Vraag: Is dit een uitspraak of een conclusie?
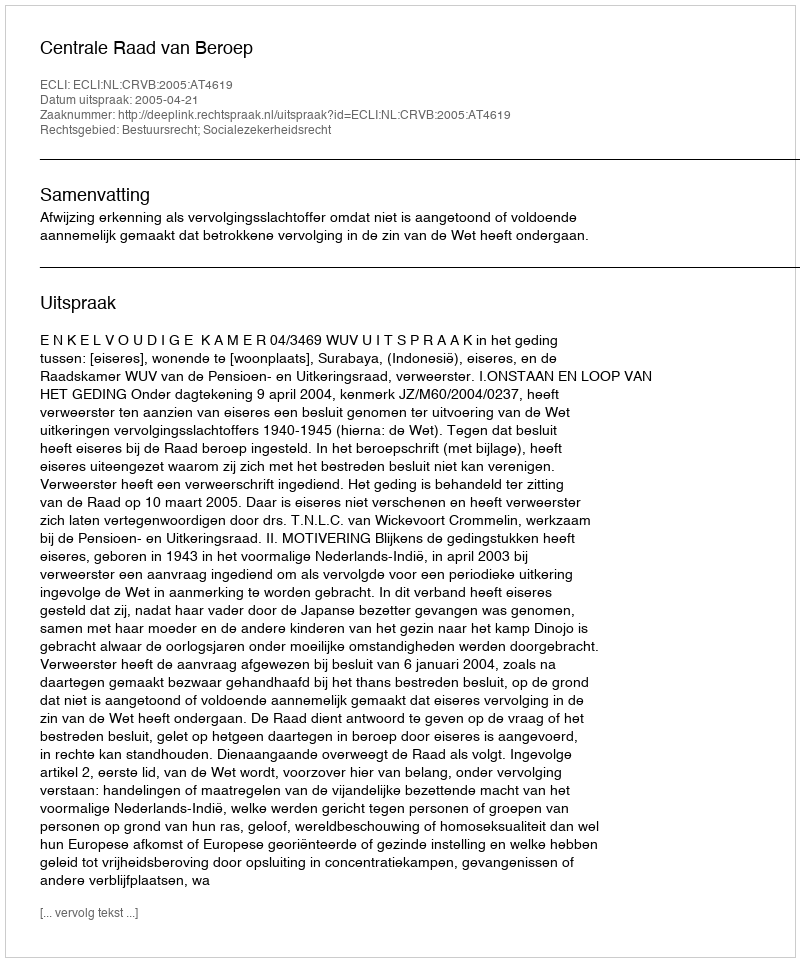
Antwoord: Uitspraak